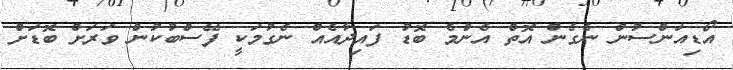
އޯޑިއަންސުން ނެގެން އޮތް އެންމެ ބޮޑު ފައިދާއެއް ނެގުމަކީ ފޭސްބުކުން ވަރަށް ބޮޑަށް